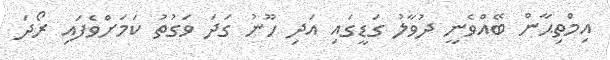
އިމްތިޙާން ބޭއްވެނީ ދުވާލު ގަޑީގައި އަދި ހޫނު ގަދަ ވަގުތު ކަމަށްވެފައި ރޯދަ